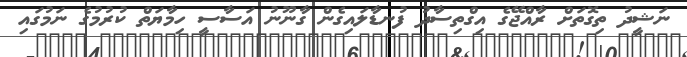
ނަޝީދު ތިގޮތަށް ރާއްޖޭގެ އިގްތިސާދު ފުނޑާލައިގެން ގާނޫނު އަސާސީ ހިމާޔަތް ކުރުމުގެ ނަމުގައި